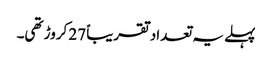
پہلے یہ تعداد تقریباً 27 کروڑ تھی۔